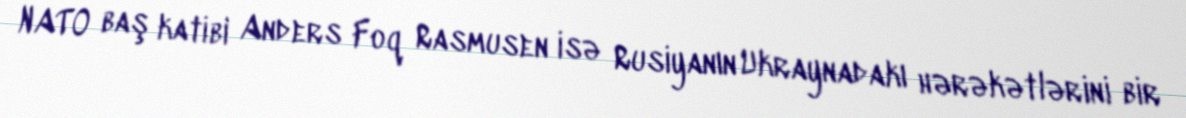
NATO baş katibi Anders Foq Rasmusen isə Rusiyanın Ukraynadakı hərəkətlərini bir